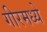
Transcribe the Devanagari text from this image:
गीरमध्ये